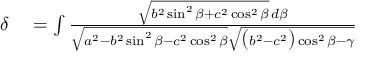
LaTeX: \begin{array} { r l } { \delta } & { { } = \int { \frac { { \sqrt { b ^ { 2 } \sin ^ { 2 } \beta + c ^ { 2 } \cos ^ { 2 } \beta } } \, d \beta } { { \sqrt { a ^ { 2 } - b ^ { 2 } \sin ^ { 2 } \beta - c ^ { 2 } \cos ^ { 2 } \beta } } { \sqrt { { \bigl ( } b ^ { 2 } - c ^ { 2 } { \bigr ) } \cos ^ { 2 } \beta - \gamma } } } } } \end{array}